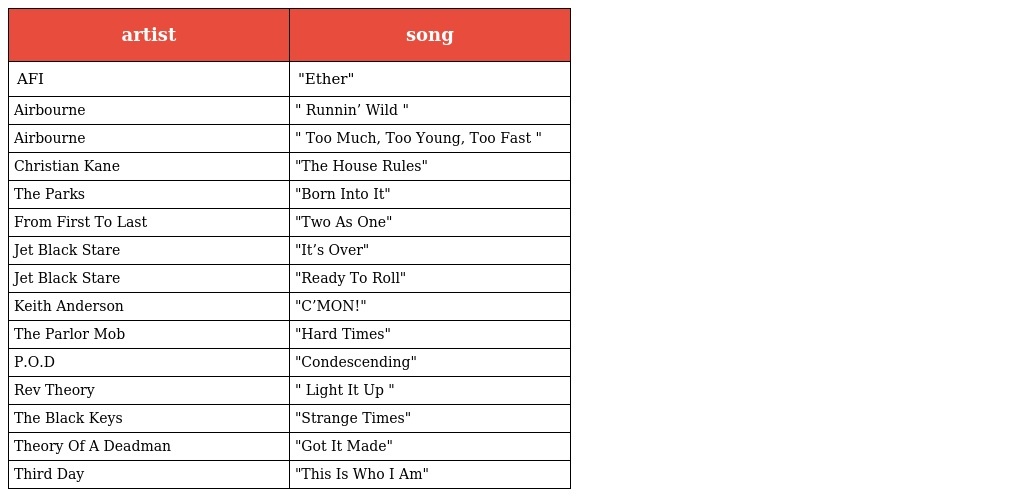
| artist | song |
 | --- | --- |
 | AFI | "Ether" |
 | Airbourne | " Runnin’ Wild " |
 | Airbourne | " Too Much, Too Young, Too Fast " |
 | Christian Kane | "The House Rules" |
 | The Parks | "Born Into It" |
 | From First To Last | "Two As One" |
 | Jet Black Stare | "It’s Over" |
 | Jet Black Stare | "Ready To Roll" |
 | Keith Anderson | "C’MON!" |
 | The Parlor Mob | "Hard Times" |
 | P.O.D | "Condescending" |
 | Rev Theory | " Light It Up " |
 | The Black Keys | "Strange Times" |
 | Theory Of A Deadman | "Got It Made" |
 | Third Day | "This Is Who I Am" |